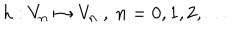
LaTeX: h : V _ { n } \mapsto V _ { n } \ , \ n = 0 , 1 , 2 , \ldots